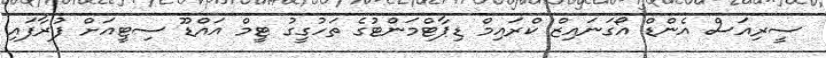
ސީރިއަސް އެންޑް އޯގަނައިޒް ކްރައިމް ޑިޕާޓްމަންޓުގެ ތަހުގީގު ޓީމް އައްޑޫ ސިޓީއަށް ފުރާފައި